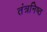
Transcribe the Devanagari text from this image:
तंत्रनिष्ठ